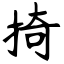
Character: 掎